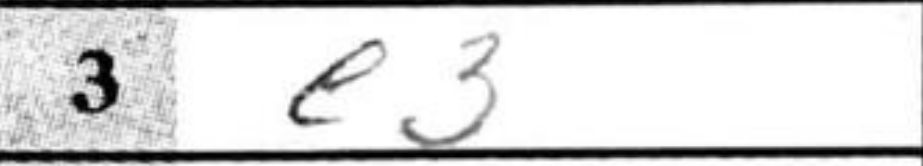
Transcription: e3